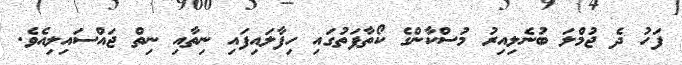
ފަހު ދެ ޖުމްލަ ބުނެލިއިރު މުސްކާންގެ ކޯތާފަތުގައި ހިފާލައިފައި ނިތާއި ނިތް ޖައްސައިލިއެވެ.